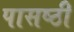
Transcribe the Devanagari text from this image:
पासष्ठी